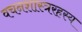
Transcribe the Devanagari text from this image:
वचनशास्त्ररहस्य